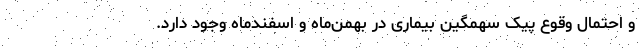
و احتمال وقوع پیک سهمگین بیماری در بهمن‌ماه و اسفندماه وجود دارد.